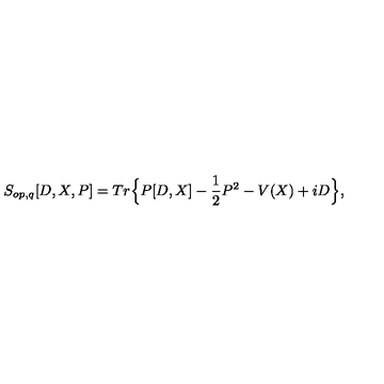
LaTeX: S _ { o p , q } [ D , X , P ] = T r \Big \{ P [ D , X ] - \frac { 1 } { 2 } P ^ { 2 } - V ( X ) + i D \Big \} ,